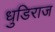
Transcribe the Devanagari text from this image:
धुडिराज